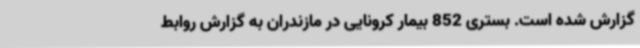
گزارش شده است. بستری 852 بیمار کرونایی در مازندران به گزارش روابط